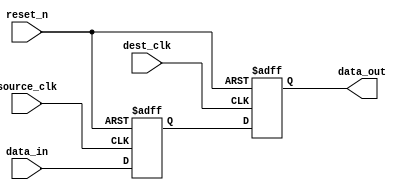
module two_flop_synchronizer(
    input wire source_clk,
    input wire dest_clk,
    input wire reset_n,
    input wire data_in,
    output reg data_out
);

reg flop1_output;

// First flip-flop
always @(posedge source_clk or negedge reset_n) begin
    if (~reset_n) begin
        flop1_output <= 1'b0;
    end else begin
        flop1_output <= data_in;
    end
end

// Second flip-flop
always @(posedge dest_clk or negedge reset_n) begin
    if (~reset_n) begin
        data_out <= 1'b0;
    end else begin
        data_out <= flop1_output;
    end
end

endmodule